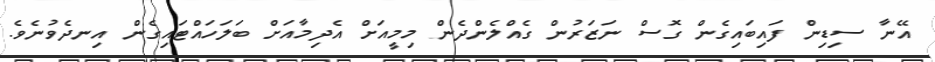
އޭނާ ސިޑިން ފައިބައިގެން ގޮސް ނަޒަރުން ގެއްލެންދެން މިމީއަށް އެދިމާއަށް ބަލަހައްޓައިގެން އިނދެވުނެވެ.